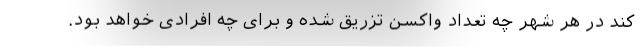
کند در هر شهر چه تعداد واکسن تزریق شده و برای چه افرادی خواهد بود.